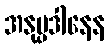
အနုပ္ပဒါနေန